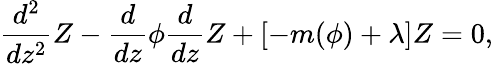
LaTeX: \frac{d^{2}}{dz^{2}}Z-\frac{d}{dz}\phi\frac{d}{dz}Z+\left[-m(\phi)+\lambda\right]Z=0,